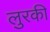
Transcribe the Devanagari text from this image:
लुरकी